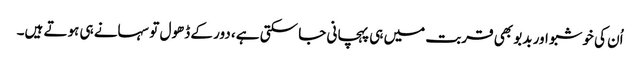
اُن کی خوشبو اور بدبو بھی قربت میں ہی پہچانی جا سکتی ہے، دور کے ڈھول تو سہانے ہی ہوتے ہیں۔